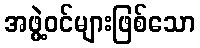
အဖွဲ့ဝင်များဖြစ်သော